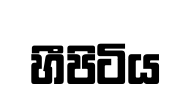
හීපිටිය